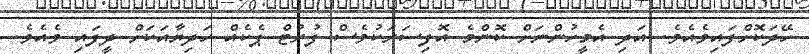
ހޭދަކޮށްފައިވެއެވެ. އަދި އެމީހުންނަށް ކޮންމެ އޮފިސަރަކުވެސް ފުރުޓް ޕެކެއް ހަދިޔާއަކަށް ދީފައި ވެއެވެ.